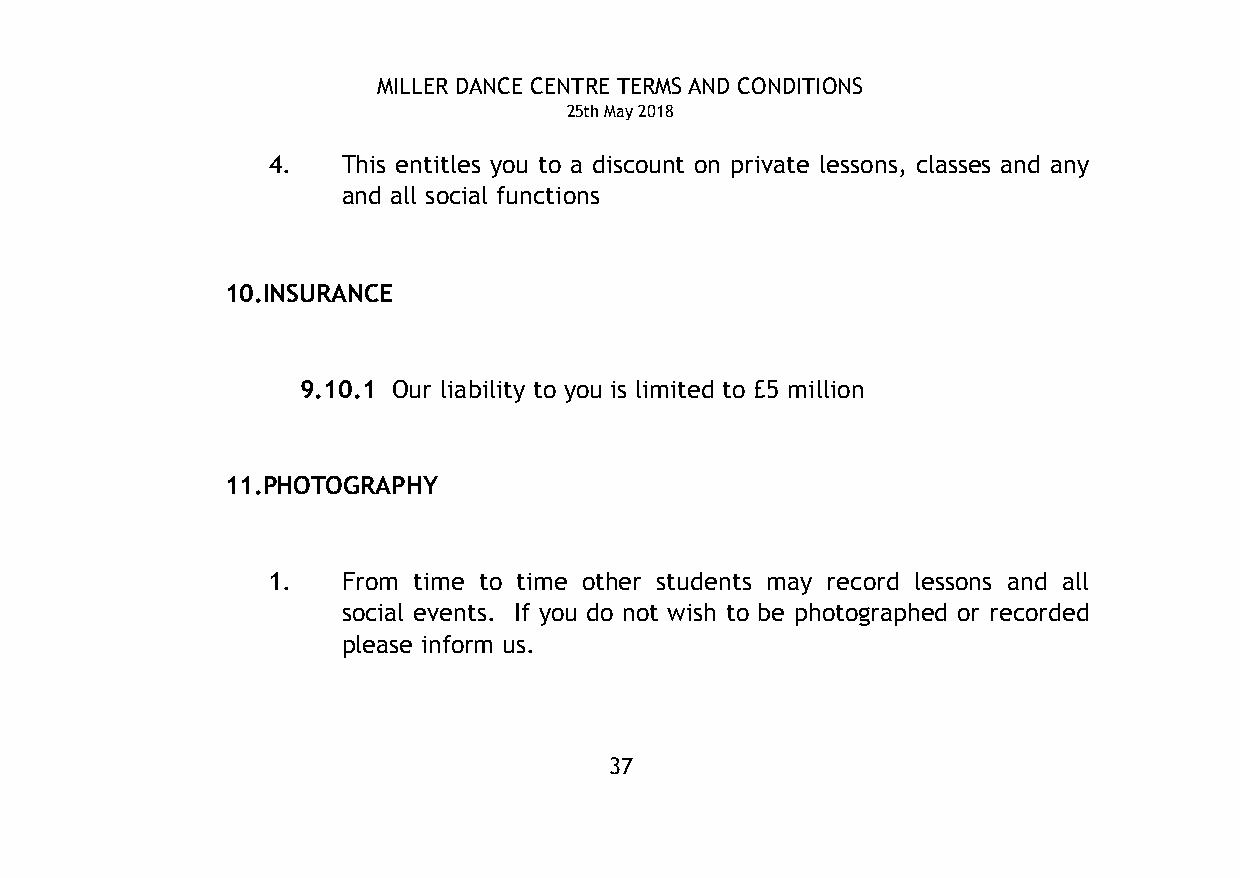
MILLER DANCE CENTRE TERMS AND CONDITIONS
 25th May 2018
 4.   This entitles you to a discount on private lessons, classes and any
 and all social functions
 10.INSURANCE
 9.10.1 Our liability to you is limited to £5 million
 11.PHOTOGRAPHY
 1.   From time to time other students may record lessons and all
 social events. If you do not wish to be photographed or recorded
 please inform us.
 37